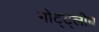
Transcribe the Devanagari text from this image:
गोट्ट्लीब